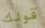
قولك